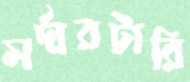
সর্দারটারি